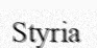
Styria